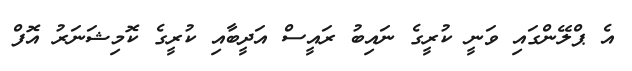
އެ ޕްލޭންގައި ވަނީ ކުރީގެ ނައިބު ރައީސް އަދީބާއި ކުރީގެ ކޮމިޝަނަރު އޮފް